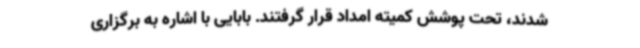
شدند، تحت پوشش کمیته امداد قرار گرفتند. بابایی با اشاره به برگزاری